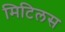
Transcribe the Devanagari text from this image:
मिटिलस